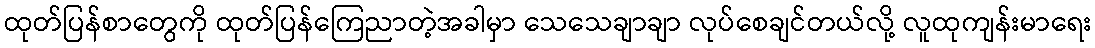
ထုတ်ပြန်စာတွေကို ထုတ်ပြန်ကြေညာတဲ့အခါမှာ သေသေချာချာ လုပ်စေချင်တယ်လို့ လူထုကျန်းမာရေး